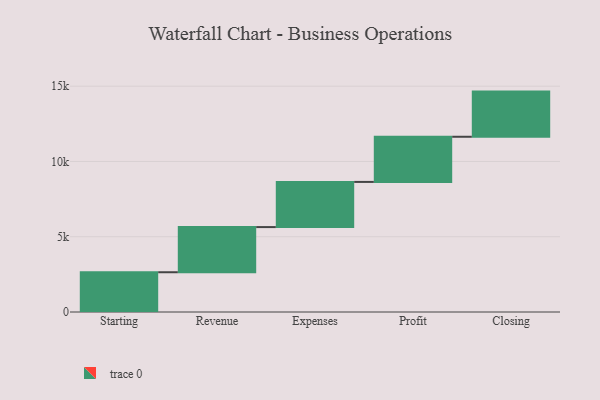
{"axis": {"x": "Step", "y": "Value"}, "legend": [""], "data": [{"x": "Starting", "y": 2641.0, "type": ""}, {"x": "Revenue", "y": 3000, "type": ""}, {"x": "Expenses", "y": 3000, "type": ""}, {"x": "Profit", "y": 3000, "type": ""}, {"x": "Closing", "y": 3000, "type": ""}]}